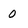
Character: 0